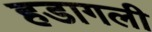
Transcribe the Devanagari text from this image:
हडागली